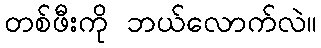
တစ်ဖီးကို ဘယ်လောက်လဲ။